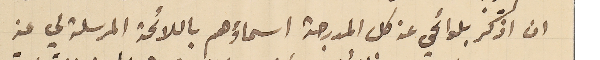
ان اذكر بلوائحي عن كل المدرجة اسماؤهم باللائحة المرسلة لي عن